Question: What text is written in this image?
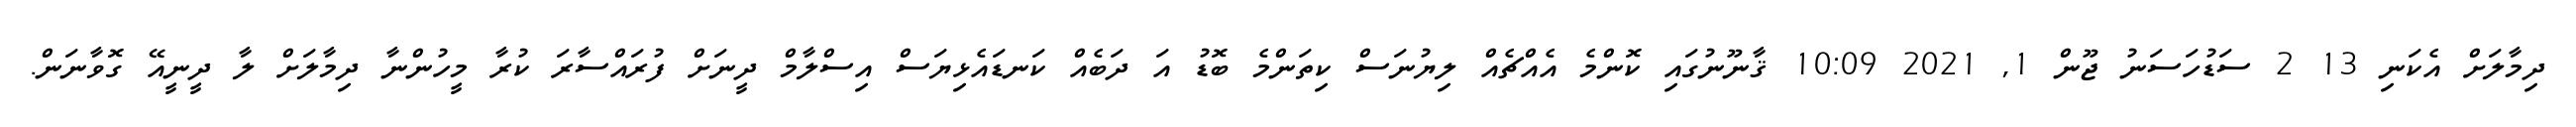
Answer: ދިމާލަށް އެކަނި 13 2 ސަޑުހަސަނު ޖޫން 1, 2021 10:09 ޤާނޫނުގައި ކޮންމެ އެއްޗެއް ލިޔުނަސް ކިތަންމެ ބޮޑު އަ ދަބެއް ކަނޑައެޅިޔަސް އިސްލާމް ދީނަށް ފުރައްސާރަ ކުރާ މީހުންނާ ދިމާލަށް ލާ ދީނީއޭ ގޮވާނަން.